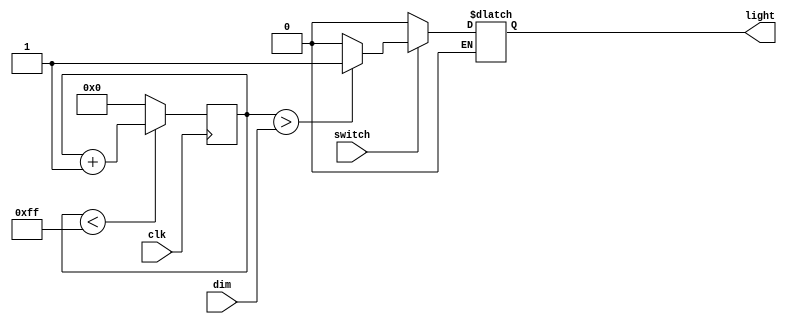
`timescale 1ns / 1ps
//////////////////////////////////////////////////////////////////////////////////
// Company: 
// Engineer: 
// 
// Design Name: 
// Module Name: dimmer
// Project Name: 
// Target Devices: 
// Tool Versions: 
// Description: 
// 
// Dependencies: 
// 
// Revision:
// Revision 0.01 - File Created
// Additional Comments:
// 
//////////////////////////////////////////////////////////////////////////////////


module dimmer(input clk, input switch, input[7:0] dim, output reg light);
    reg[7:0] state;
    
    always @(posedge clk)
    begin
        if(state < 8'd255)     
            state <= state + 1;
        else
            state <= 8'd0;
    end
    
    always @(*)
    begin
        if(switch == 1) light <= state > dim ? 1 : 0;
        if(switch == 0) light <= 0;
    end
endmodule